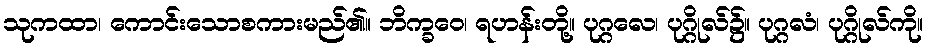
သုကထာ၊ ကောင်းသောစကားမည်၏။ ဘိက္ခဝေ၊ ရဟန်းတို့။ ပုဂ္ဂလေ၊ ပုဂ္ဂိုလ်၌။ ပုဂ္ဂလံ၊ ပုဂ္ဂိုလ်ကို။